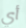
أي